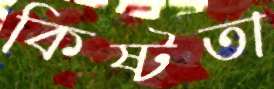
কিষ্টতা